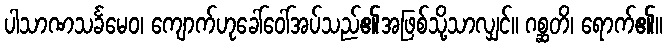
ပါသာဏသင်္ခမေဝ၊ ကျောက်ဟုခေါ်ဝေါ်အပ်သည်၏အဖြစ်သို့သာလျှင်။ ဂစ္ဆတိ၊ ရောက်၏။